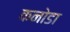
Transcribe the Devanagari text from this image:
कनोडा